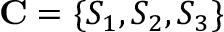
\mathbf { C } = \{ S _ { 1 } , S _ { 2 } , S _ { 3 } \}